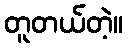
တူတယ်တဲ့။